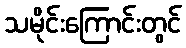
သမိုင်းကြောင်းတွင်